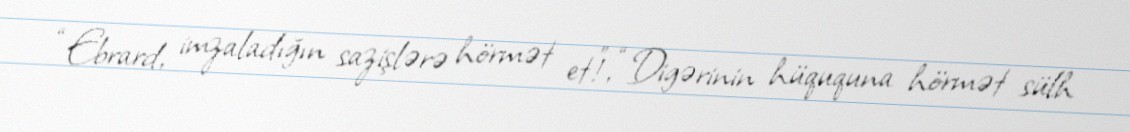
“Ebrard, imzaladığın sazişlərə hörmət et!”, “Digərinin hüququna hörmət sülh